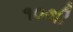
૧૦થી